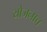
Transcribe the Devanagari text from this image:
योजनाच